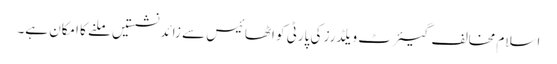
اسلام مخالف گیئرٹ ویلڈرز کی پارٹی کو اٹھائیس سے زائد نشستیں ملنے کا امکان ہے۔